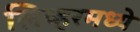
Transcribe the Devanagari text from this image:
लिव्हरमध्ये